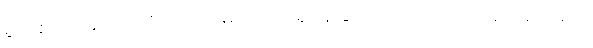
မွတ်စလင်များသည် လူသားများတည်ရှိနေခြင်းသည် ဘုရားသခင်အား ခယ